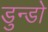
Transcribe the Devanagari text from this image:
डुन्डो